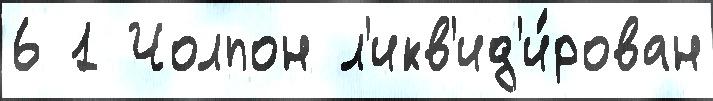
6 1 Чолпон л'икв'ид'и́рован